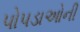
પોપડાઓની